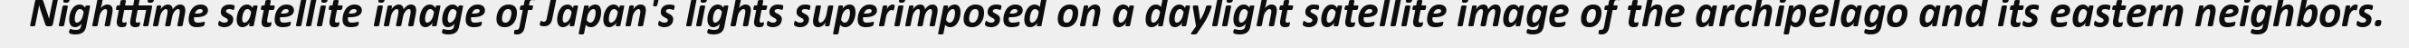
Nighttime satellite image of Japan's lights superimposed on a daylight satellite image of the archipelago and its eastern neighbors.